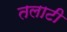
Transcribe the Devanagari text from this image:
तलाटी